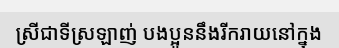
ស្រីជាទីស្រឡាញ់ បងប្អូននឹងរីករាយនៅក្នុង